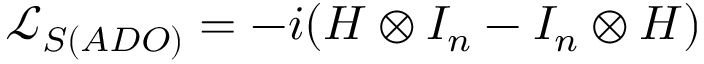
{ \mathcal { L } _ { S ( A D O ) } } = - i ( H \otimes { { I } _ { n } } - { { I } _ { n } } \otimes H )